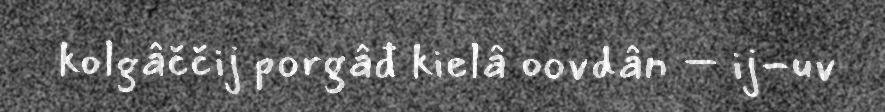
kolgâččij porgâđ kielâ oovdân – ij-uv